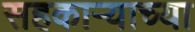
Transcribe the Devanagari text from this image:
सहकार्‍याच्या